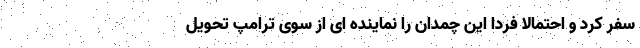
سفر کرد و احتمالا فردا این چمدان را نماینده ای از سوی ترامپ تحویل